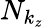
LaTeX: N_{k_{z}}